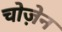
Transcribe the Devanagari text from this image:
चोज़ेन